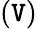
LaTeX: (\mathtt{V})